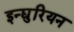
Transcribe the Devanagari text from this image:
इन्द्युरियन